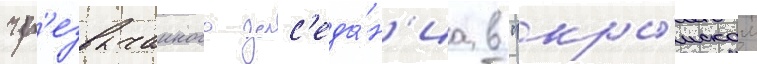
чр'езвычаиного зас'еда́н'иа в "кры́мском